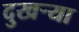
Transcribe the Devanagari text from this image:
दुखर्‍या